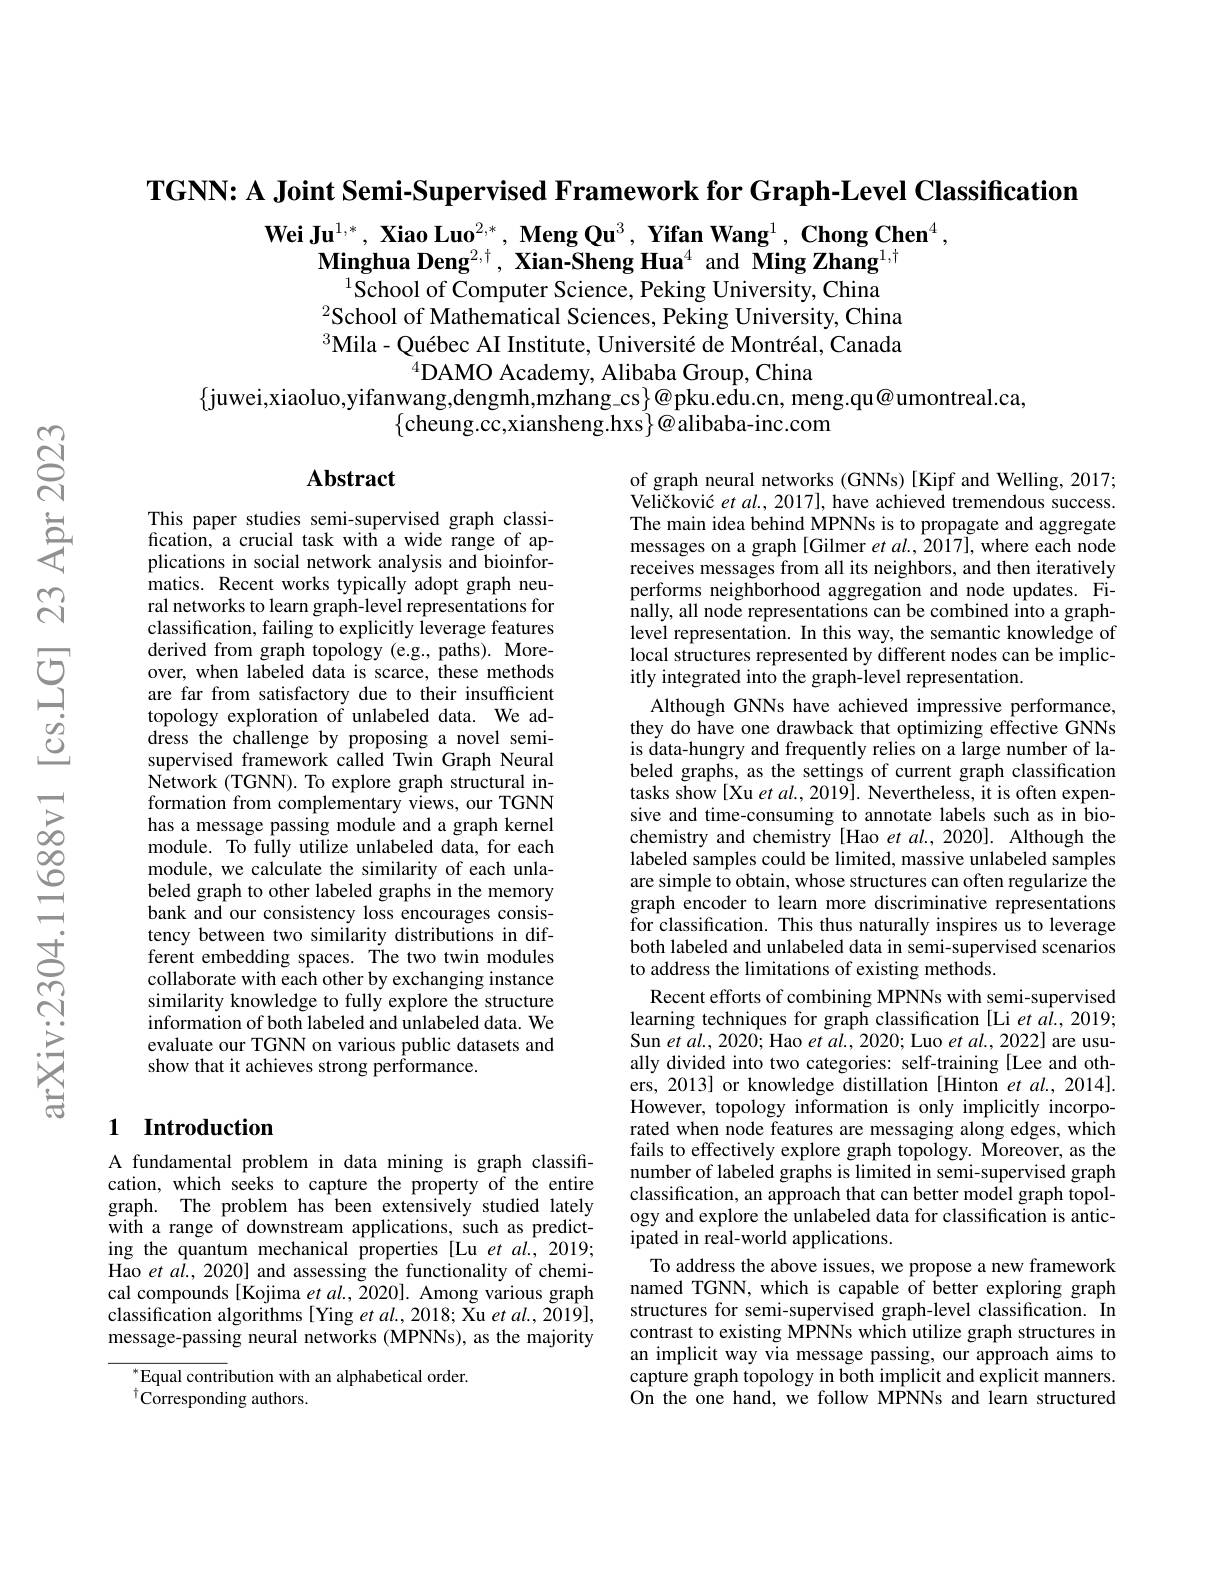
$\textbf{TGNN: A Joint Semi- Supervised Framework for Graph- Level Classification}$

$\textbf{Wei Ju}^{1,*},\textbf{ Xiao Luo}^{2,*},\textbf{ Meng Qu}^3,\textbf{ Yifan Wang}^1,\textbf{ Chong Chen}^4$,

$\textbf{Minghua Deng}^{2,\dagger},\textbf{ Xian-Sheng Hua}^{4}$ and Ming Zhang$^1,\dagger$
$^{1}$School of Computer Science, Peking University, China
$^{2}$School of Mathematical Sciences, Peking University, China $^3$Mila- Québec AI Institute, Université de Montréal, Canada
$^{4}$DAMO Academy, Alibaba Group, China
$\{$juwei,xiaoluo,yifanwang,dengmh,mzhang\_cs$\}@$pku.edu.cn, meng.qu@umontreal.ca,
$\{$cheung.cc,xiansheng.hxs$\}@$alibaba-inc.com

## Abstract

This paper studies semi-supervised graph classification, a crucial task with a wide range of applications in social network analysis and bioinformatics. Recent works typically adopt graph neural networks to learn graph-level representations for classification, failing to explicitly leverage features derived from graph topology (e.g., paths). Moreover, when labeled data is scarce, these methods are far from satisfactory due to their insufficient topology exploration of unlabeled data. We address the challenge by proposing a novel semisupervised framework called Twin Graph Neural Network (TGNN). To explore graph structural information from complementary views, our TGNN has a message passing module and a graph kernel module. To fully utilize unlabeled data, for each module, we calculate the similarity of each unlabeled graph to other labeled graphs in the memory bank and our consistency loss encourages consistency between two similarity distributions in different embedding spaces. The two twin modules collaborate with each other by exchanging instance similarity knowledge to fully explore the structure information of both labeled and unlabeled data. We evaluate our TGNN on various public datasets and show that it achieves strong performance.

of graph neural networks (GNNs) [Kipf and Welling, 2017; Veličković $etal.,2017]$, have achieved tremendous success. The main idea behind MPNNs is to propagate and aggregate messages on a graph [Gilmer et al., 2017], where each node receives messages from all its neighbors, and then iteratively performs neighborhood aggregation and node updates. Finally, all node representations can be combined into a graphlevel representation. In this way, the semantic knowledge of local structures represented by different nodes can be implicitly integrated into the graph-level representation.
Although GNNs have achieved impressive performance, they do have one drawback that optimizing effective GNNs is data-hungry and frequently relies on a large number of labeled graphs, as the settings of current graph classification tasks show[Xu $etal.,2019].$ Nevertheless, it is often expensive and time-consuming to annotate labels such as in biochemistry and chemistry [Hao et $al.,2020].$ Although the labeled samples could be limited, massive unlabeled samples are simple to obtain, whose structures can often regularize the graph encoder to learn more discriminative representations for classification. This thus naturally inspires us to leverage both labeled and unlabeled data in semi-supervised scenarios to address the limitations of existing methods.
Recent efforts of combining MPNNs with semi-supervised learning techniques for graph classification [Li et al., 2019; Sun $etal.,2020;$Hao $etal.,2020;$ Luo $etal.,2022]$ are usually divided into two categories: self-training [Lee and others, 2013] or knowledge distillation [Hinton et al., 2014]. However, topology information is only implicitly incorporated when node features are messaging along edges, which fails to effectively explore graph topology. Moreover, as the number of labeled graphs is limited in semi-supervised graph classification, an approach that can better model graph topology and explore the unlabeled data for classification is anticipated in real-world applications.
To address the above issues, we propose a new framework named TGNN, which is capable of better exploring graph structures for semi-supervised graph-level classification. In contrast to existing MPNNs which utilize graph structures in an implicit way via message passing, our approach aims to capture graph topology in both implicit and explicit manners. On the one hand, we follow MPNNs and learn structured

# 1 Introduction

A fundamental problem in data mining is graph classification, which seeks to capture the property of the entire graph. The problem has been extensively studied lately with a range of downstream applications, such as predicting the quantum mechanical properties [Lu et al., 2019; Hao et $al.,2020]$ and assessing the functionality of chemical compounds[Kojima $etal.,\tilde{2}020].$ Among various graph classification algorithms[Ying et al., 2018; Xu et al., 2019], message-passing neural networks (MPNNs), as the majority

$^*$Equal contribution with an alphabetical order.
$^{\dagger}$Corresponding authors.